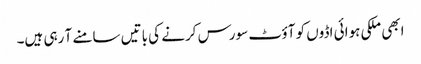
ابھی ملکی ہوائی اڈوں کو آؤٹ سورس کرنے کی باتیں سامنے آ رہی ہیں۔